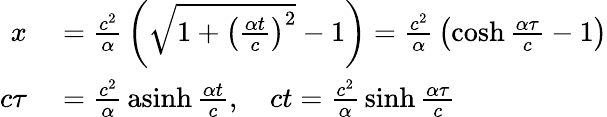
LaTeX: \begin{array}{rl}{x}&{{}={\frac{c^{2}}{\alpha}}\left({\sqrt{1+\left({\frac{\alpha t}{c}}\right)^{2}}}-1\right)={\frac{c^{2}}{\alpha}}\left(\cosh{\frac{\alpha\tau}{c}}-1\right)}\\ {c\tau}&{{}={\frac{c^{2}}{\alpha}}\operatorname{asinh}{\frac{\alpha t}{c}},\quad ct={\frac{c^{2}}{\alpha}}\sinh{\frac{\alpha\tau}{c}}}\end{array}